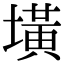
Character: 墴